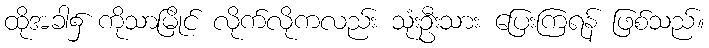
ထိုအခါ၌ ကိုသာမြိုင် လိုက်လိုကလည်း သုံးဦးသား ပြေးကြရန် ဖြစ်သည်။